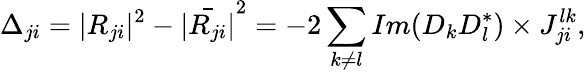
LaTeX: \Delta_{ji}=|R_{ji}|^{2}-\bar{|R_{ji}|}^{2}=-2\sum_{k\neq l}Im(D_{k}D_{l}^{\ast})\times J_{ji}^{lk},